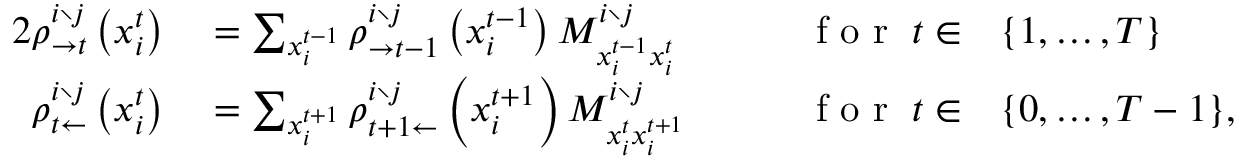
\begin{array} { r l r l } { { 2 } \rho _ { \rightarrow t } ^ { i \setminus j } \left( x _ { i } ^ { t } \right) } & { { } = \sum _ { x _ { i } ^ { t - 1 } } \rho _ { \rightarrow t - 1 } ^ { i \setminus j } \left( x _ { i } ^ { t - 1 } \right) M _ { x _ { i } ^ { t - 1 } x _ { i } ^ { t } } ^ { i \setminus j } } & { \qquad \mathrm { ~ f ~ o ~ r ~ } \; t \in } & { { } \{ 1 , \ldots , T \} } \\ { \rho _ { t \leftarrow } ^ { i \setminus j } \left( x _ { i } ^ { t } \right) } & { { } = \sum _ { x _ { i } ^ { t + 1 } } \rho _ { t + 1 \leftarrow } ^ { i \setminus j } \left( x _ { i } ^ { t + 1 } \right) M _ { x _ { i } ^ { t } x _ { i } ^ { t + 1 } } ^ { i \setminus j } } & { \qquad \mathrm { ~ f ~ o ~ r ~ } \; t \in } & { { } \{ 0 , \ldots , T - 1 \} , } \end{array}